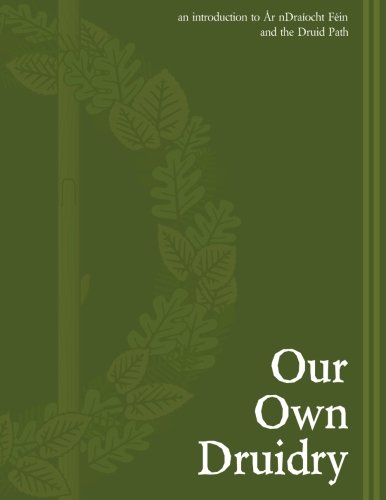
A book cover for Our Own Druidry; Ar nDraiocht Fein; Religion & Spirituality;